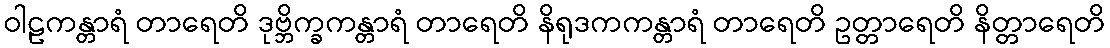
ဝါဠကန္တာရံ တာရေတိ ဒုဗ္ဘိက္ခကန္တာရံ တာရေတိ နိရုဒကကန္တာရံ တာရေတိ ဥတ္တာရေတိ နိတ္တာရေတိ